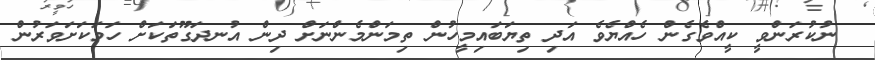
ނުކުރަންވީ ކީއްވެގެން ހެއްޔެވެ އަދި ތިޔަބައިމީހުން ތިމަންމެންނަށް ދިން އުނދަގޫތަކަށް ހަމަކަށަވަރުން